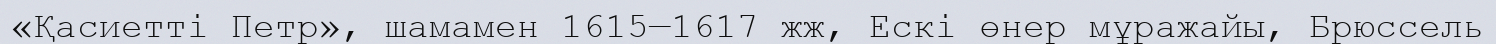
«Қасиетті Петр», шамамен 1615—1617 жж, Ескі өнер мұражайы, Брюссель